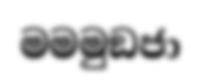
මමමුඞජා